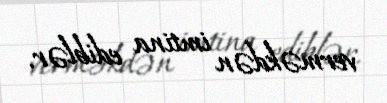
verməkdən imtina ediblər.